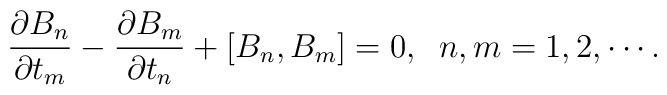
\frac{\partial B_n}{\partial t_m} - \frac{\partial B_m}{\partial t_n}    + \left[ B_n , B_m \right] = 0 ,   \; \; n, m = 1, 2, \cdots .